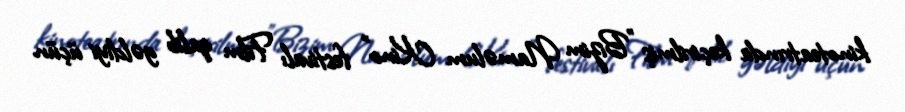
kinoteatrında keçirilmiş "Bizim Naməlum Kino" festivalı Film qalib gəldiyi üçün